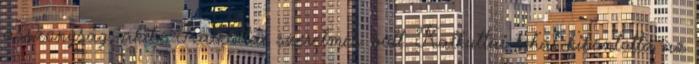
asszonyság, akibe Kalkuttai szerelmes volt. Kalkuttai tehát kibontotta az